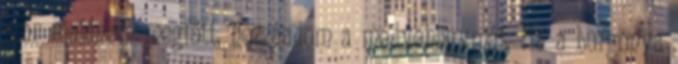
már majdnem megfőtt, hozzáadom a medvehagymát. Ha a burgonya